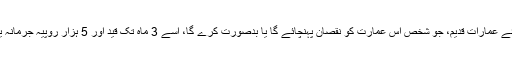
ایکٹ نمبر ہفتم سن 1901ء تحفظ برائے عمارات قدیم، جو شخص اس عمارت کو نقصان پہنچائے گا یا بدصورت کرے گا، اسے 3 ماہ تک قید اور 5 ہزار روپیہ جرمانہ یا دونوں سزائیں ساتھ دی جاسکتی ہیں۔